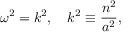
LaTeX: \omega ^ { 2 } = k ^ { 2 } , \quad k ^ { 2 } \equiv { \frac { n ^ { 2 } } { a ^ { 2 } } } ,